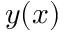
y ( x )